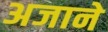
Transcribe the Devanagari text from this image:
अजाने